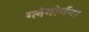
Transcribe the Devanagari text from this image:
ग्लेमोर्गन।